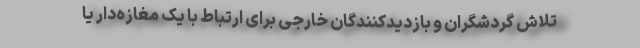
تلاش گردشگران و بازدیدکنندگان خارجی برای ارتباط با یک مغازه‌دار یا